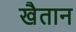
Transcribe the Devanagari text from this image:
खैतान